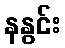
နနွင်း